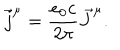
\vec { j } ^ { \mu } = \frac { e _ { 0 } c } { 2 \pi } \vec { J } ^ { \mu } .